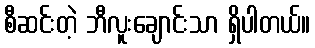
စီဆင်းတဲ့ ဘီလူးချောင်းသာ ရှိပါတယ်။